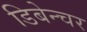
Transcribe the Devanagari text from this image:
डिबेन्‍चर